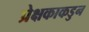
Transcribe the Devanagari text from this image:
प्रेक्षकाकडुन